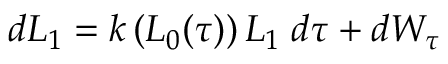
d L _ { 1 } = k \left( L _ { 0 } ( \tau ) \right) L _ { 1 } \; d \tau + d W _ { \tau }